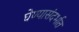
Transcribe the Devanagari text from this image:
घेण्यासंदर्भात